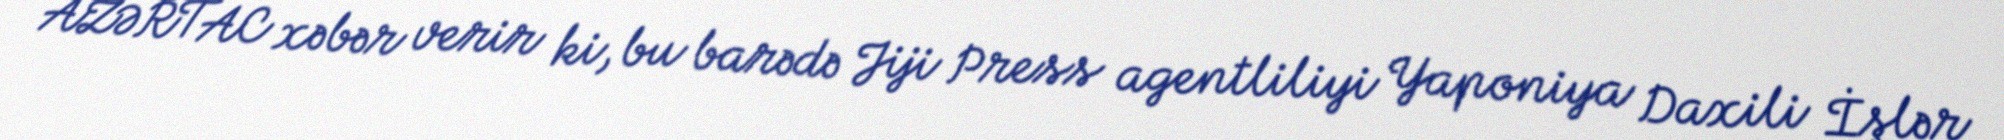
AZƏRTAC xəbər verir ki, bu barədə Jiji Press agentliliyi Yaponiya Daxili İşlər